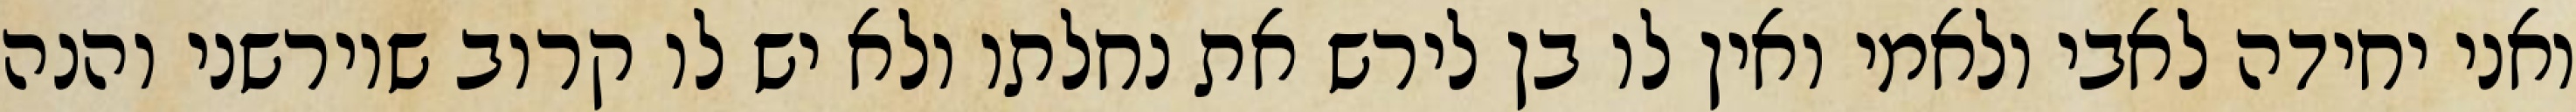
ואני יחידה לאבי ולאמי ואין לו בן לירש את נחלתו ולא יש לו קרוב שיורשני והנה